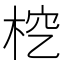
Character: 𣑒